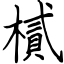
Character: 樲